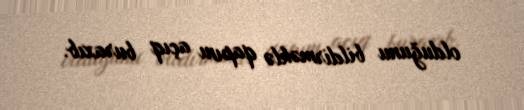
olduğunu bildirməklə qapını açıq buraxıb.